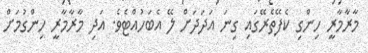
މާރާމާރީ ހިންގި ކެފޭތެރޭގައި ގިނަ އަދަދަށް ލޭ އެބަހުއްޓެވެ. އަދި މާރާމާރީ ހިންގުމަށް